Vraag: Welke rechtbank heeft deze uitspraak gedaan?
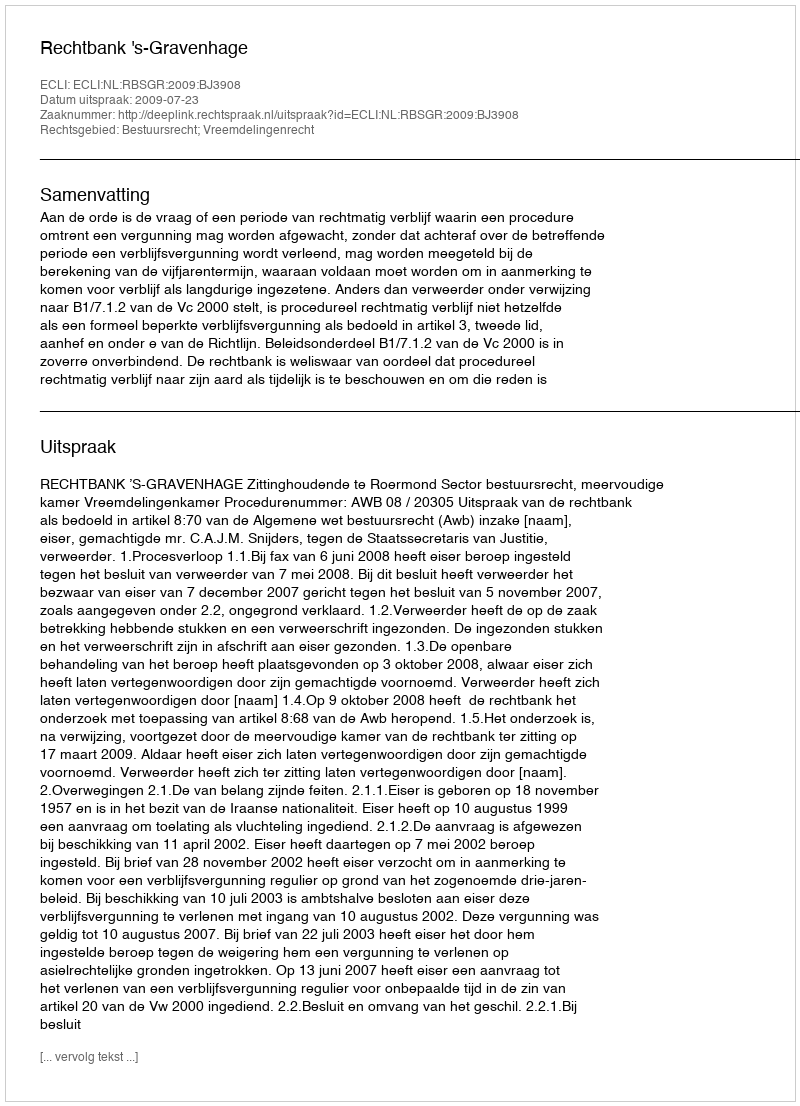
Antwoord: Rechtbank 's-Gravenhage